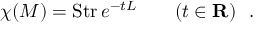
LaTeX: \chi ( M ) = \mathrm { S t r } \, e ^ { - t L } \qquad ( t \in { \bf R } ) \ \ .